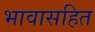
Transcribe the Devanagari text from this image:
भावासहित